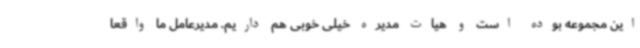
این مجموعه بوده است و هیات مدیره خیلی خوبی هم داریم. مدیرعامل ما واقعا